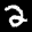
Label: 2